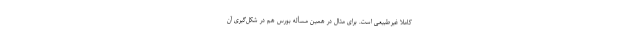
کاملاً غیرطبیعی است. برای مثال در همین مسأله بورس هم در شکل‌گیری آن